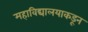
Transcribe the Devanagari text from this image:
महाविद्यालयाकडून